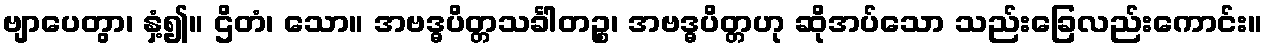
ဗျာပေတွာ၊ နှံ့၍။ ဌိတံ၊ သော။ အဗဒ္ဓပိတ္တသင်္ခါတဉ္စ၊ အဗဒ္ဓပိတ္တဟု ဆိုအပ်သော သည်းခြေလည်းကောင်း။